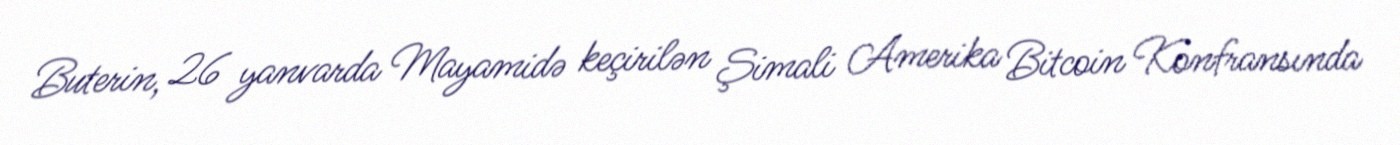
Buterin, 26 yanvarda Mayamidə keçirilən Şimali Amerika Bitcoin Konfransında